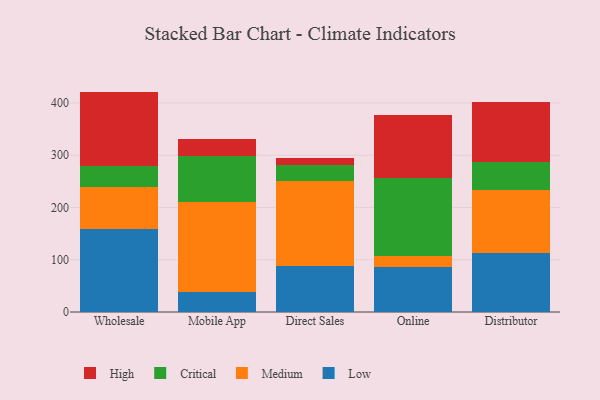
{"axis": {"x": "Channel", "y": "Satisfaction Score"}, "legend": ["Critical", "High", "Low", "Medium"], "data": [{"x": "Wholesale", "y": 159.6, "type": "Low"}, {"x": "Wholesale", "y": 80.3, "type": "Medium"}, {"x": "Wholesale", "y": 40.3, "type": "Critical"}, {"x": "Wholesale", "y": 141.5, "type": "High"}, {"x": "Mobile App", "y": 39.0, "type": "Low"}, {"x": "Mobile App", "y": 171.5, "type": "Medium"}, {"x": "Mobile App", "y": 88.9, "type": "Critical"}, {"x": "Mobile App", "y": 31.2, "type": "High"}, {"x": "Direct Sales", "y": 87.4, "type": "Low"}, {"x": "Direct Sales", "y": 164.1, "type": "Medium"}, {"x": "Direct Sales", "y": 29.4, "type": "Critical"}, {"x": "Direct Sales", "y": 14.4, "type": "High"}, {"x": "Online", "y": 86.6, "type": "Low"}, {"x": "Online", "y": 20.0, "type": "Medium"}, {"x": "Online", "y": 149.9, "type": "Critical"}, {"x": "Online", "y": 120.7, "type": "High"}, {"x": "Distributor", "y": 112.6, "type": "Low"}, {"x": "Distributor", "y": 120.2, "type": "Medium"}, {"x": "Distributor", "y": 54.4, "type": "Critical"}, {"x": "Distributor", "y": 114.6, "type": "High"}]}